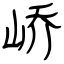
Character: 峤